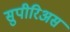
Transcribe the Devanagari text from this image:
सुपीरिअस